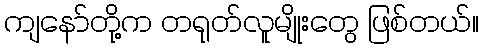
ကျနော်တို့က တရုတ်လူမျိုးတွေ ဖြစ်တယ်။